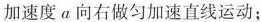
加速度α向右做匀加速直线运动；